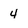
Character: 4